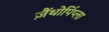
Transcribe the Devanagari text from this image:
ज़ैंथोपिंप्ला